Scottish Education Department, 1923
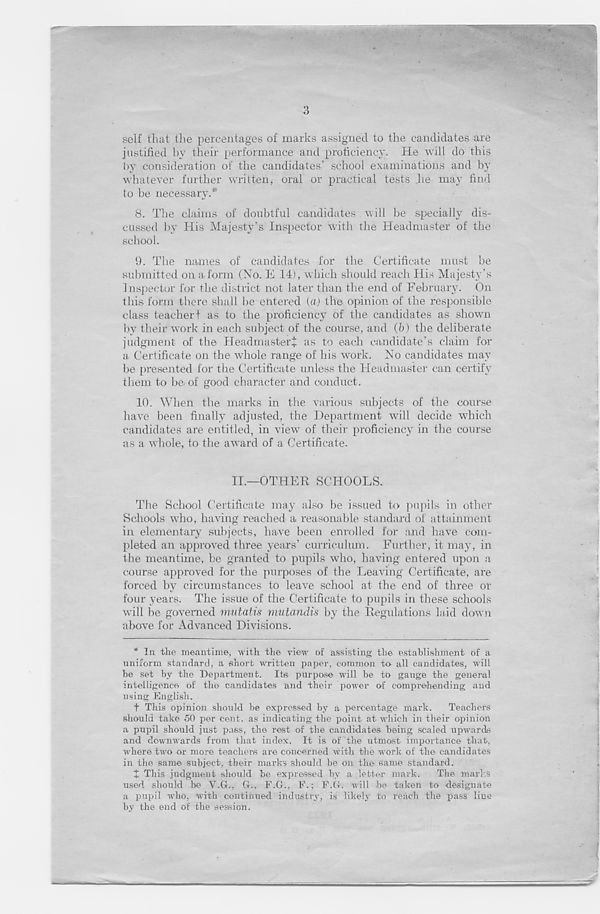
3
self that the percentages of marks assigned to the candidates are
justified by their performance and proficiency. He will do this
by consideration of the candidates’ school examinations and by
whatever further written, oral or practical tests he may find
to be necessary.*
8. The claims of doubtful candidates will be specially dis-
cussed by His Majesty’s Inspector with the Headmaster of the
school.
9. The names of candidates for the Certificate must be
submitted on a form (No. E 14), which should reach His Majesty’s
Inspector for the district not later than the end of February. On
this form there shall be entered (a) the opinion of the responsible
class teacher! as to the proficiency of the candidates as shown
by their work in each subject of the course, and (b) the deliberate
judgment of the Headmaster! as to each candidate’s claim for
a Certificate on the whole range of his work. No candidates may
be presented for the Certificate unless the Headmaster can certify
them to be. of good character and conduct.
10. When the marks in the various subjects of the course
have been finally adjusted, the Department will decide which
candidates are entitled, in view of their proficiency in the course
as a whole, to the award of a Certificate.
II.—OTHER SCHOOLS.
The School Certificate may also be issued to pupils in other
Schools who, having reached a reasonable standard of attainment
in elementary subjects, have been enrolled for and have com-
pleted an approved three years’ curriculum. Further, it may, in
the meantime, be granted to pupils who, having entered upon a
course approved for the purposes of the Leaving Certificate, are
forced by circumstances to leave school at the end of three or
four years. The issue of the Certificate to pupils in these schools
will be governed mutatis mutandis by the Regulations laid down
above for Advanced Divisions.
* In the meantime, with the view of assisting the establishment of a
uniform standard, a short written paper, common to all candidates, will
be set by the Department. Its purpose will be to gauge the geneivd
intelligence of the candidates and their power of comprehending and
using English.
t This opinion should be expressed by a percentage mark.
Teachers
should take 50 per cent, as indicating the point at which in their opinion
a pupil should just pass, the rest of the candidates being scaled upwards
and downwards from that index. It is of the utmost importance that,
where two or more teachers are concerned with the work of the candidates
in the same subject, their marks should be on the same standard.
! This judgment should be expressed by a letter mark.
The marks
used should be V.G., G., F.G., F.; F.G. will be taken to designate
a pupil who, with continued industry, is likely to reach the pass line
by the end of the session.